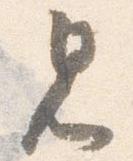
見